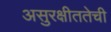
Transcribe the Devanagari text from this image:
असुरक्षीततेची